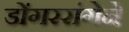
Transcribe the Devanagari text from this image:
डोंगररांगेने